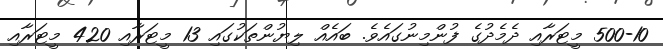
500-10 މީޓަރާއި ދެމެދުގެ ފުންމިނުގައެވެ. ބައެއް ލިޔުންތަކުގައި 13 މީޓަރާއި 420 މީޓަރާއި